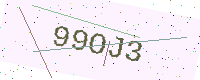
Text: 99OJ3